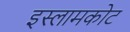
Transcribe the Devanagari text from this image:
इस्लामकोट